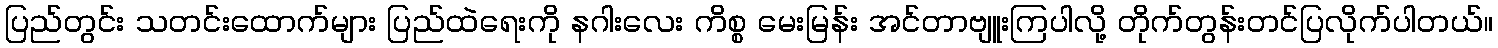
ပြည်တွင်း သတင်းထောက်များ ပြည်ထဲရေးကို နဂါးလေး ကိစ္စ မေးမြန်း အင်တာဗျူးကြပါလို့ တိုက်တွန်းတင်ပြလိုက်ပါတယ်။